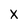
Character: X